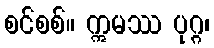
စင်စစ်။ ဣမဿ ပုဂ္ဂ၊